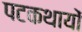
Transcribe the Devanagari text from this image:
पटकथायों